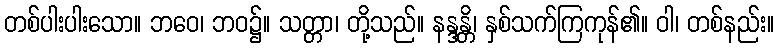
တစ်ပါးပါးသော။ ဘဝေ၊ ဘဝ၌။ သတ္တာ၊ တို့သည်။ နန္ဒန္တိ၊ နှစ်သက်ကြကုန်၏။ ဝါ၊ တစ်နည်း။